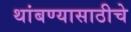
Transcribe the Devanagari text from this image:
थांबण्यासाठीचे